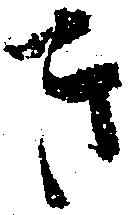
き